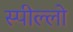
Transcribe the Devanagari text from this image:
स्पील्लो